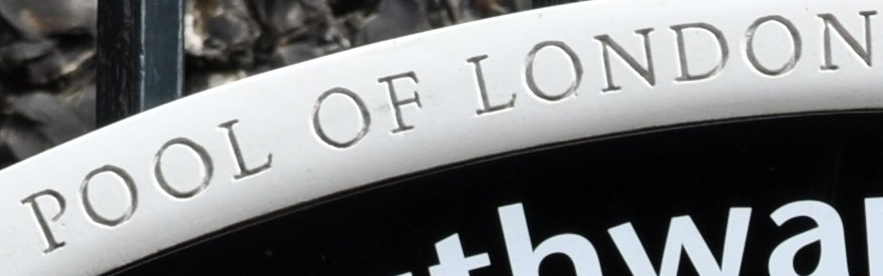
POLL OF LONDON